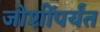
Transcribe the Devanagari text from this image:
जोशींपर्यंत